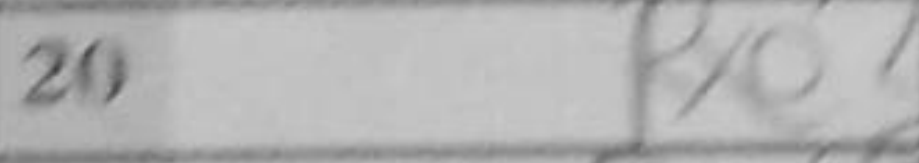
Transcription: Rxe5